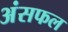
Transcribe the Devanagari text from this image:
अंसफल